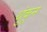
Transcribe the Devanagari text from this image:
थुंकून